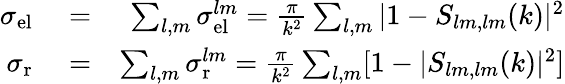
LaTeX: \begin{array}{rlr}{\sigma_{\mathrm{el}}}&{{}=}&{\sum_{l,m}\sigma_{\mathrm{el}}^{lm}=\frac{\pi}{k^{2}}\sum_{l,m}|1-S_{lm,lm}(k)|^{2}}\\ {\sigma_{\mathrm{r}}}&{{}=}&{\sum_{l,m}\sigma_{\mathrm{r}}^{lm}=\frac{\pi}{k^{2}}\sum_{l,m}[1-|S_{lm,lm}(k)|^{2}]}\end{array}